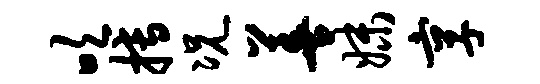
吹搏况善妹享